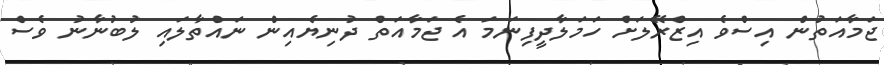
ޖަމާއަތުން އިސްވެ އިޒްރޭލަށް ހަމަލާދީފިނަމަ އެ ޖަމާއަތް ދުނިޔެއިން ނައްތާލައި ލުބުނާނު ވެސް